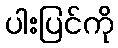
ပါးပြင်ကို